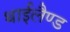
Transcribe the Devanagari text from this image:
थाईलैण्‍ड